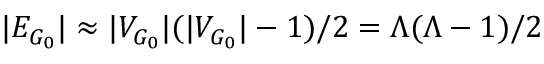
| E _ { G _ { 0 } } | \approx | V _ { G _ { 0 } } | ( | V _ { G _ { 0 } } | - 1 ) / 2 = \Lambda ( \Lambda - 1 ) / 2